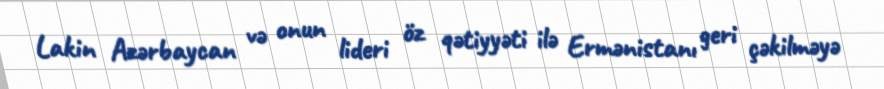
Lakin Azərbaycan və onun lideri öz qətiyyəti ilə Ermənistanı geri çəkilməyə